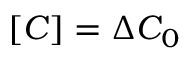
[ C ] = \Delta C _ { 0 }